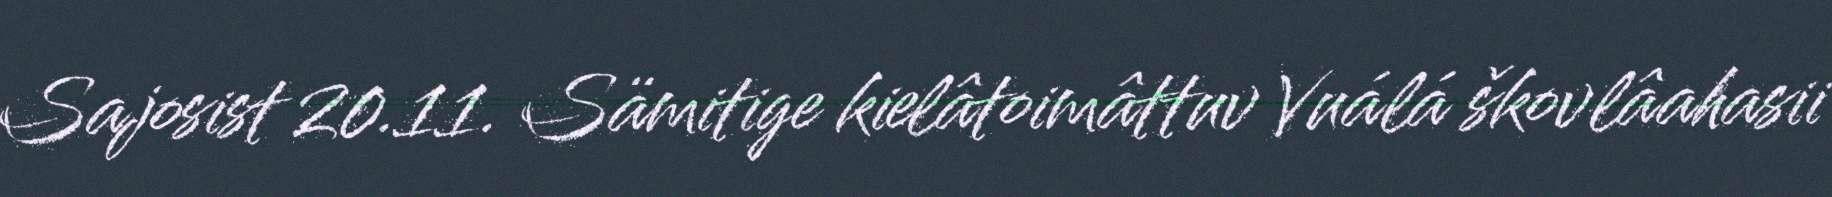
Sajosist 20.11. Sämitige kielâtoimâttuv Vuálá škovlâahasii